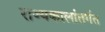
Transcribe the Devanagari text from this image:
राज्यकालांतर्गत